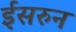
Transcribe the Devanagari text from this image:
ईसरुन